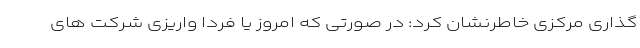
گذاری مرکزی خاطرنشان کرد:‌ در صورتی که امروز یا فردا واریزی شرکت های